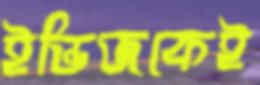
ইন্ডিজকেই